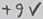
Text: +9V